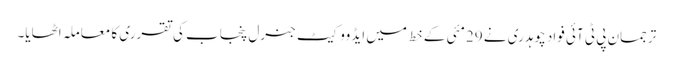
ترجمان پی ٹی آئی فواد چوہدری نے 29مئی کے خط میں ایڈووکیٹ جنرل پنجاب کی تقرری کا معاملہ اٹھایا۔